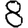
Digit: 8